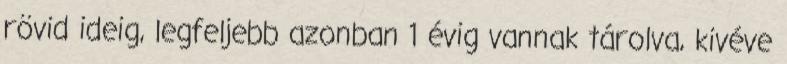
rövid ideig, legfeljebb azonban 1 évig vannak tárolva, kivéve